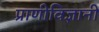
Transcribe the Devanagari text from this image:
प्राणीविज्ञानी